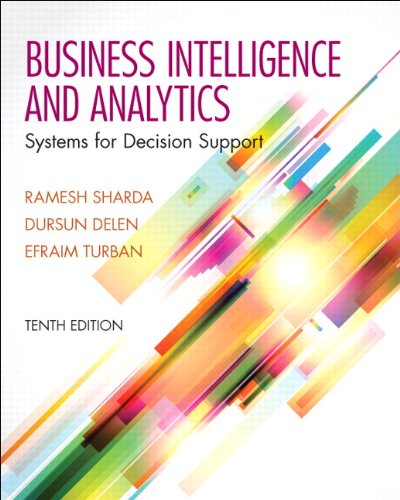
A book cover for Business Intelligence and Analytics: Systems for Decision Support (10th Edition); Ramesh Sharda; Business & Money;